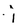
Character: j